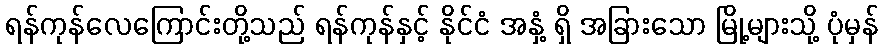
ရန်ကုန်လေကြောင်းတို့သည် ရန်ကုန်နှင့် နိုင်ငံ အနှံ့ ရှိ အခြားသော မြို့များသို့ ပုံမှန်